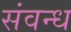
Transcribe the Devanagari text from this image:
संवन्ध